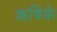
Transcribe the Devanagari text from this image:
ऋषिके